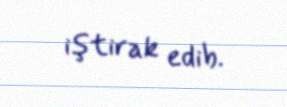
iştirak edib.